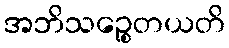
အဘိသဉ္စေတယတိ